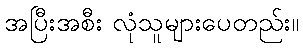
အပြီးအစီး လုံသူများပေတည်း။